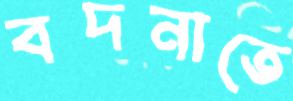
বদনাতে